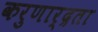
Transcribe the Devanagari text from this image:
करुणार्द्रता